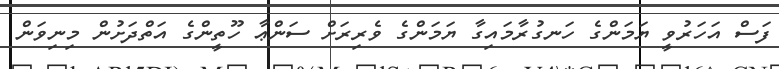
ފަސް އަހަރުވީ ޔަމަންގެ ހަނގުރާމައިގާ ޔަމަންގެ ވެރިރަށް ސަންޢާ ހޫތީންގެ އަތްދަށުން މިނިވަން